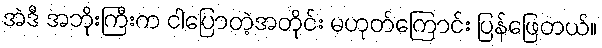
အဲဒီ အဘိုးကြီးက ငါပြောတဲ့အတိုင်း မဟုတ်ကြောင်း ပြန်ဖြေတယ်။